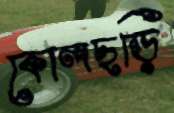
কোলছড়ি